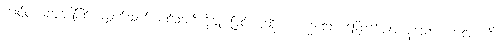
ကျင်ငယ်လွှတ်ခြင်း ထွက်သက် ဝင်သက်ကိုချုပ်ခြင်းဟုဆိုအပ်ကုန်သော ခြောက်ပါးကုန်သော။ ကလာဟိ၊